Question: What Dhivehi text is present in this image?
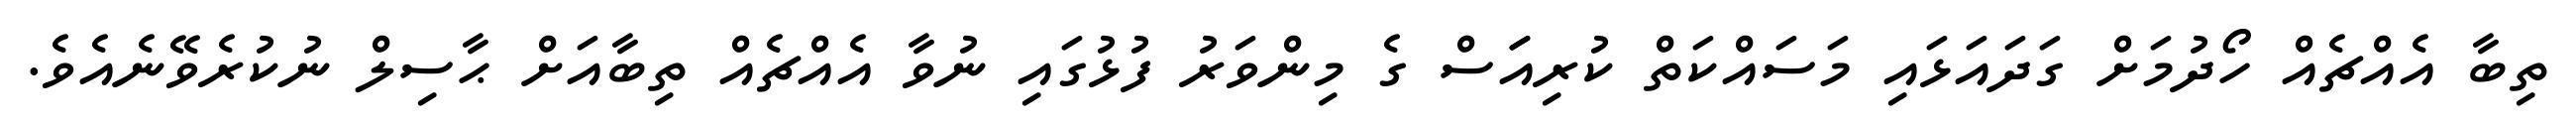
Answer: ތިބާ އެއްޗެއް ހޯދުމަށް ގަދައަޅައި މަސައްކަތް ކުރިއަަސް ގެ މިންވަރު ފުޅުގައި ނުވާ އެއްޗެއް ތިބާއަށް ޙާސިލް ނުކުރެވޭނެއެވެ.